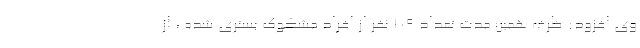
وی افزود: ظرف همین مدت تعداد ۱۰۹ نفر از افراد مشکوک بستری شده ، از